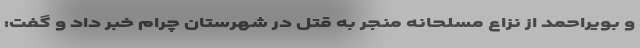
و بویراحمد از نزاع مسلحانه منجر به قتل در شهرستان چرام خبر داد و گفت: